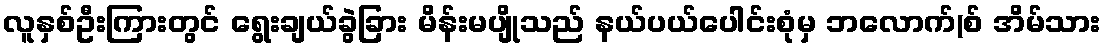
လူနှစ်ဦးကြားတွင် ရွေးချယ်ခွဲခြား မိန်းမပျိုသည် နယ်ပယ်ပေါင်းစုံမှ ဘလောက်(စ် အိမ်သား